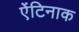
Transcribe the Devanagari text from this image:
ऐंटिनाक